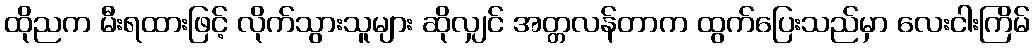
ထိုညက မီးရထားဖြင့် လိုက်သွားသူများ ဆိုလျှင် အတ္တလန်တာက ထွက်ပြေးသည်မှာ လေးငါးကြိမ်